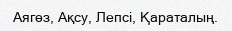
Аягөз, Ақсу, Лепсі, Қараталың.